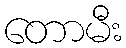
တောမီး